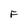
Character: F